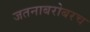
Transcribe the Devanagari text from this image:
जतनाबरोबरच